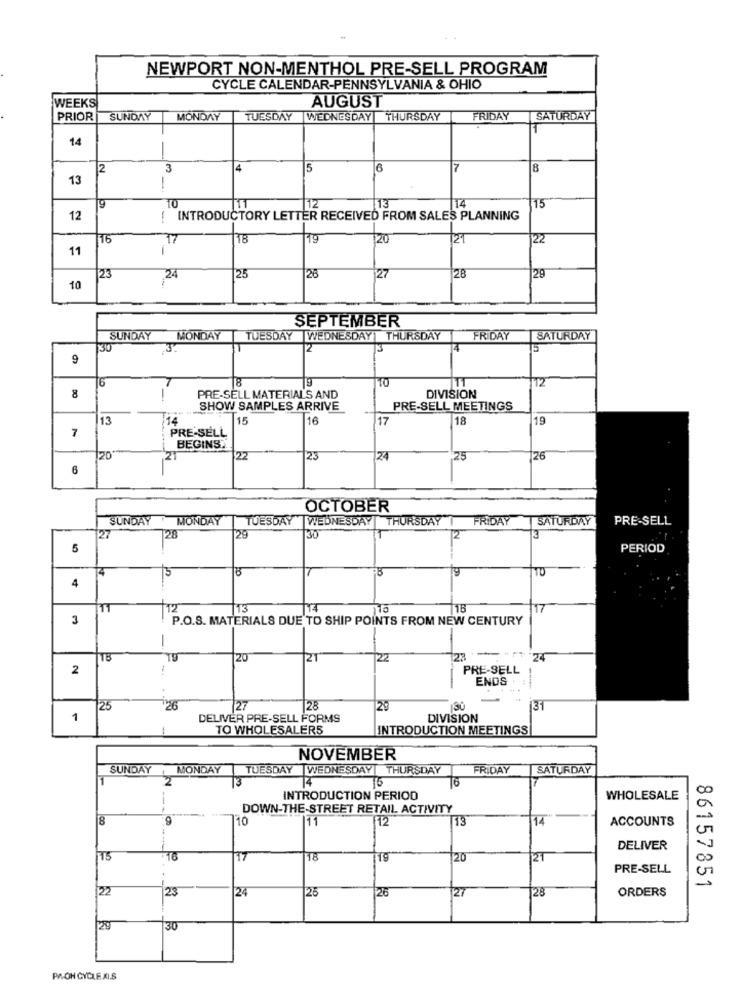
NEWPORT NON-MENTHOL PRE-SELL PROGRAM
CYCLE CALENDAR-PENNSYLVANIA & OHIO
WEEKS
AUGUST
PRIOR
SUNDAY
MONDAY
TUESDAY WEDNESDAY
THURSDAY
FRIDAY
SATURDAY
1
14
-
2
3
14
5
7
13
19
TO
12
13
15
12
-
INTRODUCTORY LETTER RECEIVED FROM SALES PLANNING
16
17
18
19
20
121
22
11
23
.24
25
26
127
28
29
10
SEPTEMBER
SUNDAY
MONDAY
TUESDAY WEDNESDAY THURSDAY
FRIDAY
SATURDAY
12
9
8
DIVISION
8
PRE-SELL MATERIALS AND
SHOW SAMPLES ARRIVE
PRE-SELL MEETINGS
13
14
15
16
17
18
19
7
PRE-SELL
BEGINS.
21
22
23
24
25
26
6
OCTOBER
SUNDAY
MONDAY
TUESDAY
WEDNESDAY THURSDAY I
FRIDAY
SATURDAY
PRE-SELL
27
128
129
30
12
5
PERIOD
5
4
12
13
3
P.O.S. MATERIALS DUE TO SHIP POINTS FROM NEW CENTURY
-
120
21
22
123
'24
2
PRE-SELL
ENDS
. .
25
26
127
128
29
130
31
1
DELIVER PRE-SELL FORMS
DIVISION
TO WHOLESALERS
INTRODUCTION MEETINGS
NOVEMBER
SUNDAY
MONDAY
TUESDAY |WEDNESDAY | THURSDAY
FRIDAY
SATURDAY
1
2
14
115
16
INTRODUCTION PERIOD
WHOLESALE
---
DOWN-THE-STREET RETAIL ACTIVITY
8
10
111
14
ACCOUNTS
DELIVER
15
16
117
18
20
21
PRE-SELL
86157851
22
23
24
25
26
27
28
ORDERS
29
130
POH CYCLE.ALS